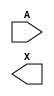
module sky130_fd_sc_hs__buf (
    //# {{data|Data Signals}}
    input  A,
    output X
);

    // Voltage supply signals
    supply1 VPWR;
    supply0 VGND;

endmodule